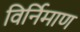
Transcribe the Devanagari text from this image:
विर्निमाण